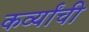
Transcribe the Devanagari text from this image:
कर्व्यांची